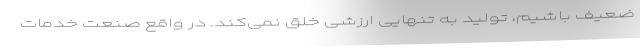
ضعیف باشیم، تولید به تنهایی ارزشی خلق نمی‌کند. در واقع صنعت خدمات